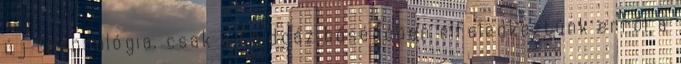
új technológia, csak a földgáz bőségében elfeledkeztünk erről a